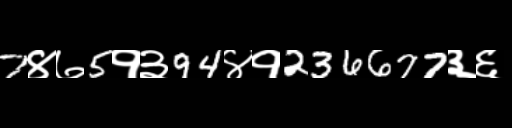
Text: 7४७5१३94४१236677३६